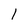
Character: l